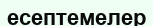
есептемелер